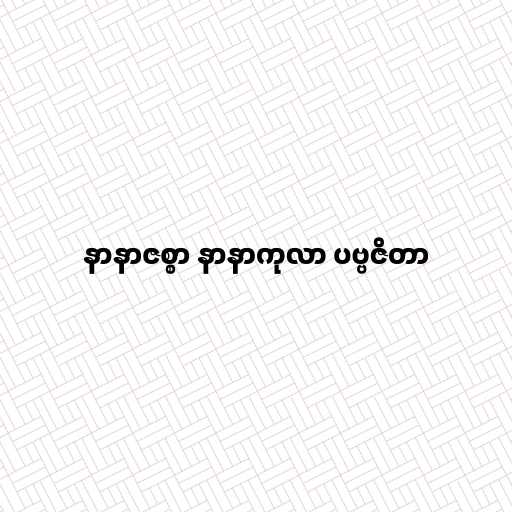
နာနာဇစ္စာ နာနာကုလာ ပဗ္ဗဇိတာ